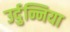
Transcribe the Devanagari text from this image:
उर्दुन्निया